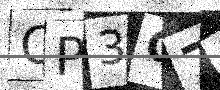
Text: CP3O78